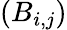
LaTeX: (B_{i,j})